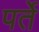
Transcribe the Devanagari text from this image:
पर्ते